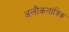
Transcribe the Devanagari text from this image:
अलौकतांत्रिक